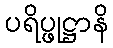
ပရိပ္ဖုဋ္ဌာနိ